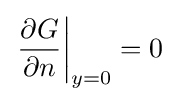
\left.{\frac {\partial G}{\partial n}}\right|_{y=0}=0